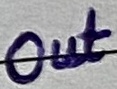
Text: Out